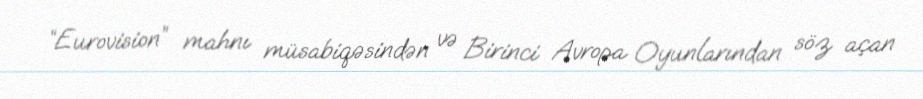
“Eurovision” mahnı müsabiqəsindən və Birinci Avropa Oyunlarından söz açan